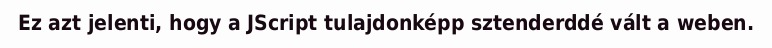
Ez azt jelenti, hogy a JScript tulajdonképp sztenderddé vált a weben.